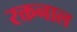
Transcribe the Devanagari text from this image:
रक्तनाल